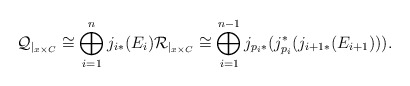
\begin{align*}\mathcal{Q}_{|_{x \times C}} \cong \bigoplus_{i=1}^{n}j_{i*}(E_i) \mathcal{R}_{|_{x \times C}} \cong \bigoplus_{i=1}^{n-1} j_{p_i *}(j_{p_i}^*(j_{i+1 *}(E_{i+1}))).\end{align*}